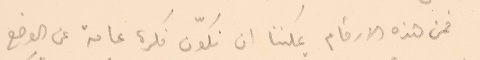
فمن هذه الارقام يمكننا ان نكوّن فكرة عامة عن الوضع